Sketch of the medical history of the native army of Bombay, for the year
Year: 1876
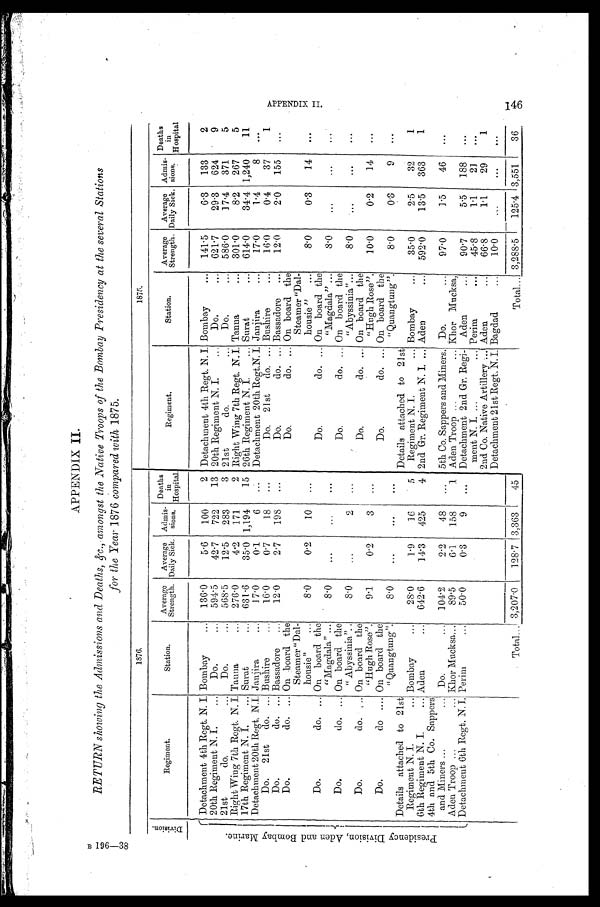
B 1 9 6 —3 8
APPENDIX II.
RETURN showing the Admissions and Deaths, &c., amongst the Native Troops of the Bombay Presidency at the several Stations
for the Year 1876 compared with 1875.
1876.
1875.
D i v i s i o n .
Regiment.
Station.
Average
Strength.
Average
Daily Sick.
Admis -
sions.
Deaths
i
n
Hospital.
Regiment.
Station.
Average
Strength.
Average
Daily Sick.
Admis-
sions.
Deaths
in
Hospital.
P r e s i d e n c y D i v i s i o n , A d e n a n d B o m b a y M a r i n e . Detachment 4th Regt. N. I. Bombay
... 136.0
5.6
100
2 Detachment 4th Regt. N. I. Bombay
...
141.5
6.3
133
2
20th Regiment N. I.
...
Do.
... 594.5
42.7
722
13 20th Regiment N. I.
. . .
Do.
... 621.7
29.3
624
9
21st
do.
...
Do.
. . . 568.5
12.5
283
3 21st
do.
. . .
Do.
... 586.0
17.4
371
5
Right Wing 7th Regt. N. I. Tauna
... 276.0
4.2
171
2 Right Wing 7th Regt. N. I. Tanna
...
301.0
8.2
267
5
17th Regiment N. I.
... Surat
... 631.6
35.0 1,194
15 26th Regiment N. I.
... Surat . . .
614.0
34.4 1,240
11
Detachment 20th Regt. N.I. Janjira
...
17.0
0.1
6
...
Detachment 20th Regt.N. I. Jaujira . . .
17.0
1.4
8
...
Do. 21st do. ... Bushire
...
16.0
0.7
18
...
Do. 21st do. ... Bushire . . .
16.0
0.4
37
1
Do.
do. ... Bassadore
...
12.0
2.7
198
...
Do.
do. ... Bassadore ...
12.0
2.0
155
...
Do.
do. ... On board the
Do.
do. ... On board the
Steamer "Dal-
housie"
...
8.0
0.2
10
...
Steamer "Dal-
housie "
...
8.0
0.3
14
...
Do.
do. ... On board the
"Magdala" ...
8.0
...
...
...
Do.
do. ... On board the
"Magdala" ...
8.0
. . .
. . .
. . .
Do.
do. ... On board the
"Abyssinia" ..
8.0
...
2
...
Do.
do. ... On board the
"Abyssinia"...
8.0
. . .
. . .
Do.
do. ... On board the
"Hugh Rose".
9.1
0.9
3
...
Do.
do. ... On board the
"Hugh Rose".
10.0
0.2
14
...
Do.
do .... On board the
" Quangtung."
8.0
. . .
. . .
..
.
Do.
do. ... On board the
"Quangtung".
8.0
0.3
9
. . .
Details attached to 21st
Regiment N. I.
... Bombay
...
28.0
1.9
16
5
Details attached to 21st
Regiment N. I.
... Bombay
...
35.0
2.5
32
1
6th Regiment N. I.
... Aden
... 642.6
14.3
425
4 2nd Gr. Regiment N. I. ... Aden
... 592.0
13.5
363
1
4th and 5th Co. Sappers
and Miners ...
... Do.
... 104.2
2.2
48
...
5th Co. Sappers and Miners. Do.
...
97.0
1.5
46
...
Aden Troop ...
... Khor Mucksa...
89.5
6.1
158
1 Aden Troop ...
... Khor Mucksa,
Detachment 6th Regt. N. I. Perim
...
50.0
0.3
9
...
Detachment 2nd Gr. Regi- Aden
...
90.7
5.5
188
...
ment N. I. ...
... Perim
...
45.8
1.1
21
...
2nd Co. Native Artillery .. Aden
...
66.8
1.1
29
1
Detachment 21st Regt. N. I. Bagdad
...
10.0
. . .
. .
. . .
Total,.. 3,207.0
128.7 3,363
4
.
Total ... 3,288.5
125.4 3,551
36
APPENDIX